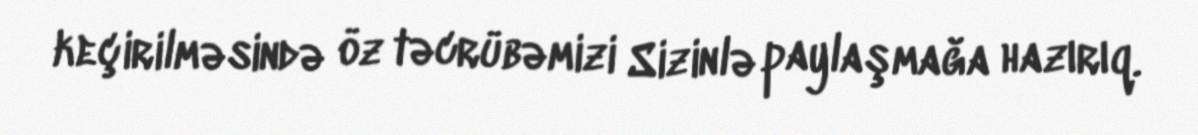
keçirilməsində öz təcrübəmizi Sizinlə paylaşmağa hazırıq.